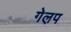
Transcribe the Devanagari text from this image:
गेल़प